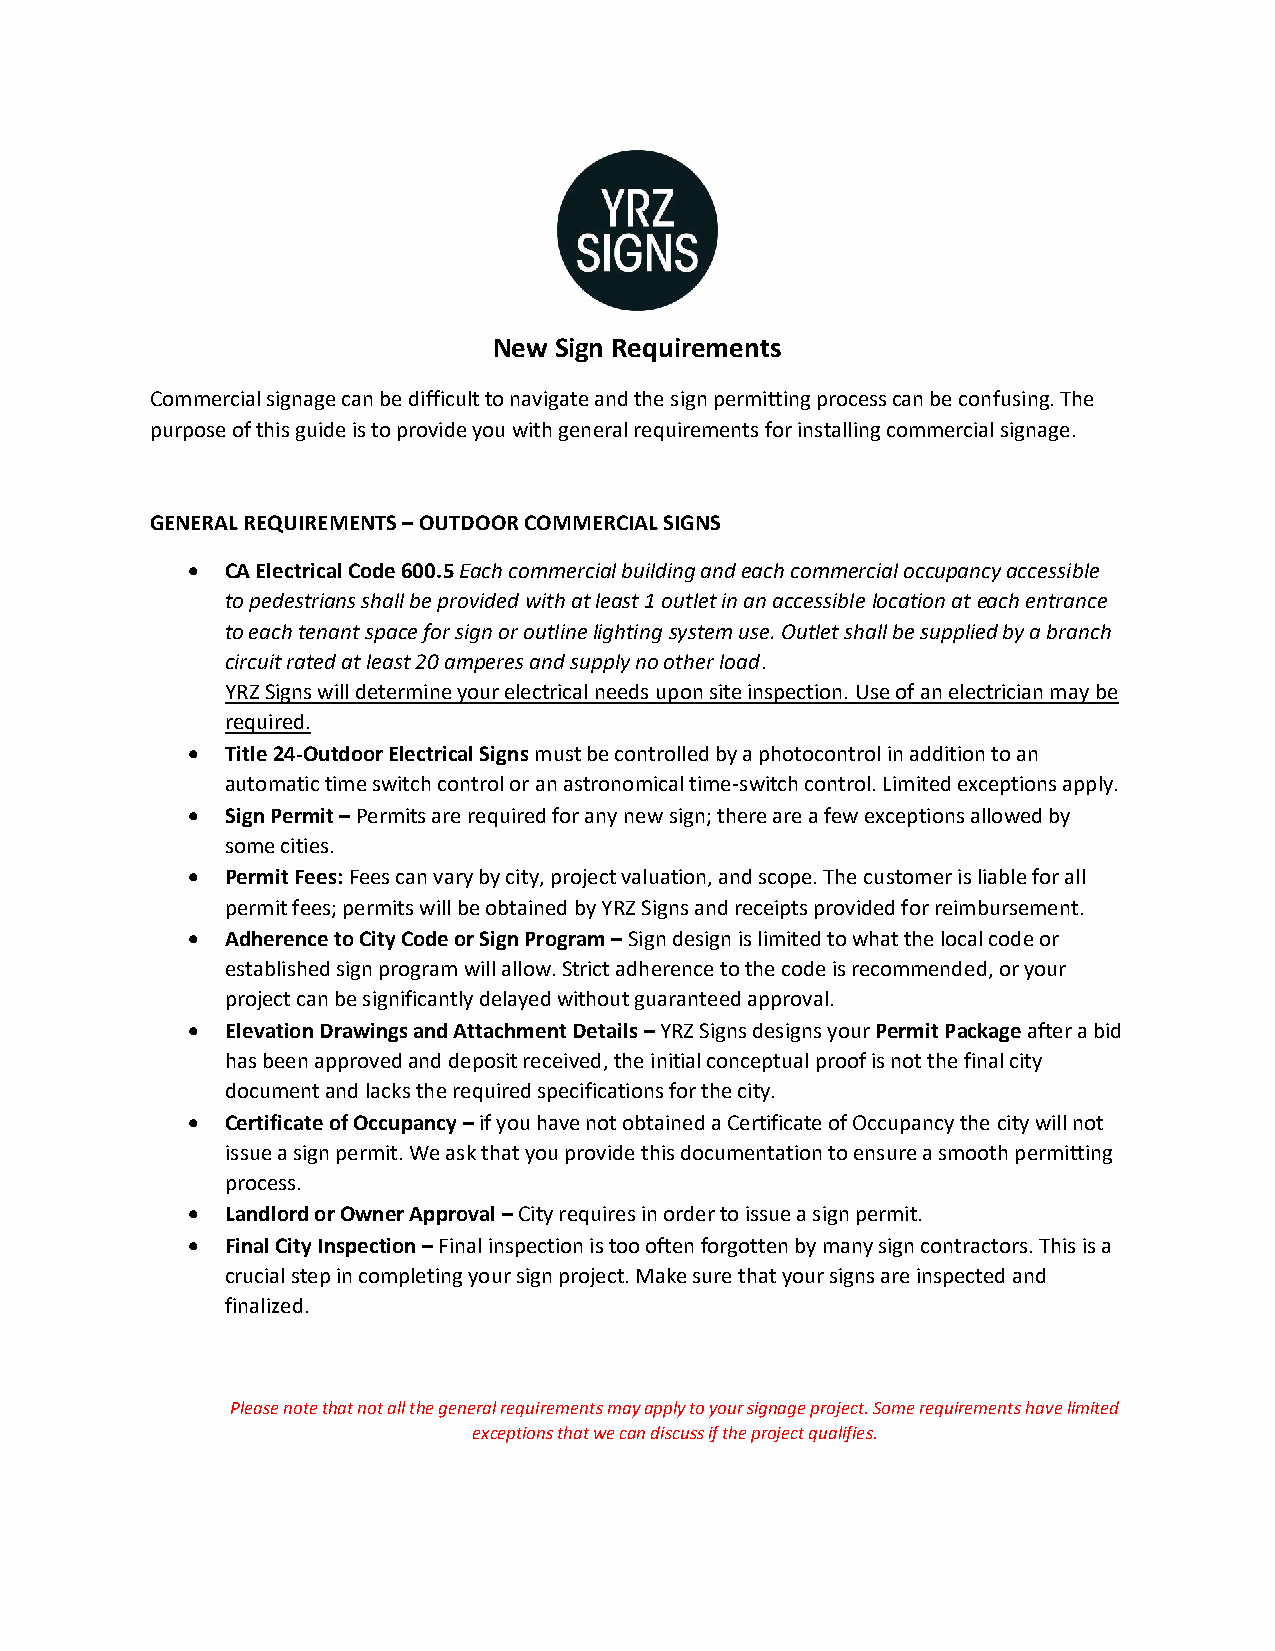
New Sign Requirements
 Commercial signage can be difficult to navigate and the sign permitting process can be confusing. The
 purpose of this guide is to provide you with general requirements for installing commercial signage.
 GENERAL REQUIREMENTS – OUTDOOR COMMERCIAL SIGNS
 •  CA Electrical Code 600.5 Each commercial building and each commercial occupancy accessible
 to pedestrians shall be provided with at least 1 outlet in an accessible location at each entrance
 to each tenant space for sign or outline lighting system use. Outlet shall be supplied by a branch
 circuit rated at least 20 amperes and supply no other load.
 YRZ Signs will determine your electrical needs upon site inspection. Use of an electrician may be
 required.
 •  Title 24-Outdoor Electrical Signs must be controlled by a photocontrol in addition to an
 automatic time switch control or an astronomical time-switch control. Limited exceptions apply.
 •  Sign Permit – Permits are required for any new sign; there are a few exceptions allowed by
 some cities.
 •  Permit Fees: Fees can vary by city, project valuation, and scope. The customer is liable for all
 permit fees; permits will be obtained by YRZ Signs and receipts provided for reimbursement.
 •  Adherence to City Code or Sign Program – Sign design is limited to what the local code or
 established sign program will allow. Strict adherence to the code is recommended, or your
 project can be significantly delayed without guaranteed approval.
 •  Elevation Drawings and Attachment Details – YRZ Signs designs your Permit Package after a bid
 has been approved and deposit received, the initial conceptual proof is not the final city
 document and lacks the required specifications for the city.
 •  Certificate of Occupancy – if you have not obtained a Certificate of Occupancy the city will not
 issue a sign permit. We ask that you provide this documentation to ensure a smooth permitting
 process.
 •  Landlord or Owner Approval – City requires in order to issue a sign permit.
 •  Final City Inspection – Final inspection is too often forgotten by many sign contractors. This is a
 crucial step in completing your sign project. Make sure that your signs are inspected and
 finalized.
 Please note that not all the general requirements may apply to your signage project. Some requirements have limited
 exceptions that we can discuss if the project qualifies.